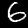
Digit: 6